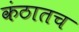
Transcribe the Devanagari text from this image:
कंठातच